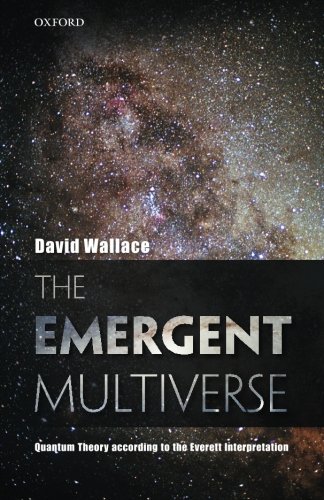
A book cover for The Emergent Multiverse: Quantum Theory according to the Everett Interpretation; David Wallace; Politics & Social Sciences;